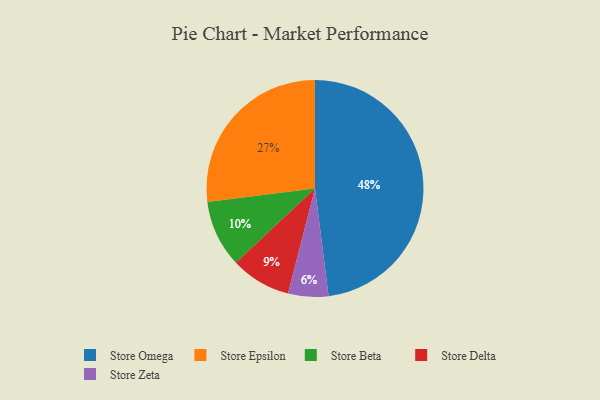
{"axis": {"x": "Category", "y": "Percentage"}, "legend": ["Store Beta", "Store Delta", "Store Epsilon", "Store Omega", "Store Zeta"], "data": [{"x": "Store Beta", "y": 10, "type": "Store Beta"}, {"x": "Store Zeta", "y": 6, "type": "Store Zeta"}, {"x": "Store Epsilon", "y": 27, "type": "Store Epsilon"}, {"x": "Store Omega", "y": 48, "type": "Store Omega"}, {"x": "Store Delta", "y": 9, "type": "Store Delta"}]}